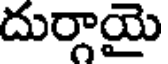
దుర్గాయై